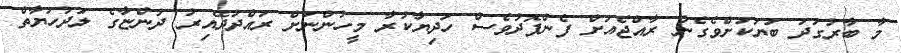
މާ ބާރުގަދަ ބަޔަކަށްވެގެން ރާއްޖެއަށް ފެންފޮދުވެސް ހަދިޔާކުރާ މީހުންނަށް ރައްދުދޭއިރު ދުންޏާގެ ލަދުހަޔާތް